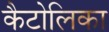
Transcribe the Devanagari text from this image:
कैटोलिका